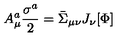
A _ { \mu } ^ { a } \frac { \sigma ^ { a } } { 2 } = \bar { \Sigma } _ { \mu \nu } J _ { \nu } [ \Phi ]